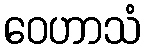
ဝေဟာသံ